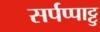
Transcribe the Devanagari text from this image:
सर्पप्पाट्टु